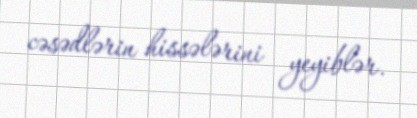
cəsədlərin hissələrini yeyiblər.